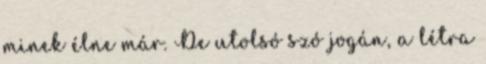
minek élne már. De utolsó szó jogán, a létra